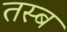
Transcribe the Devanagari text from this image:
तस्ब